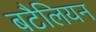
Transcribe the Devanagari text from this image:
बटैलियन